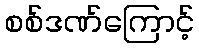
စစ်ဒဏ်ကြောင့်